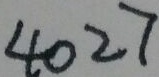
4 0 2 7